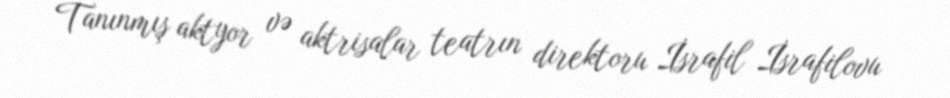
Tanınmış aktyor və aktrisalar teatrın direktoru İsrafil İsrafilovu